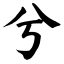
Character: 兮